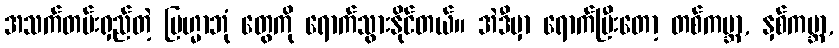
အသက်တမ်းရှည်တဲ့ ဗြဟ္မာဘုံ တွေကို ရောက်သွားနိုင်တယ်။ အဲဒီမှာ ရောက်ပြီးတော့ တစ်ကမ္ဘာ, နှစ်ကမ္ဘာ,